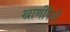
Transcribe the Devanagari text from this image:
खाणींपैकी